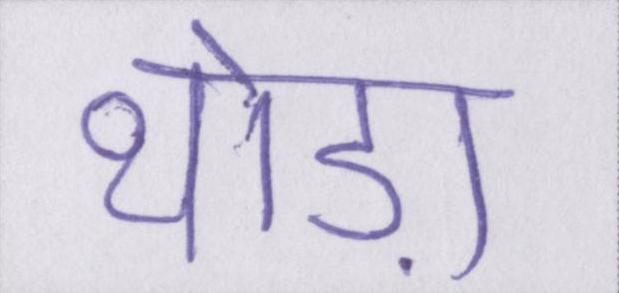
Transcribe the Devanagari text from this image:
थोड़ा